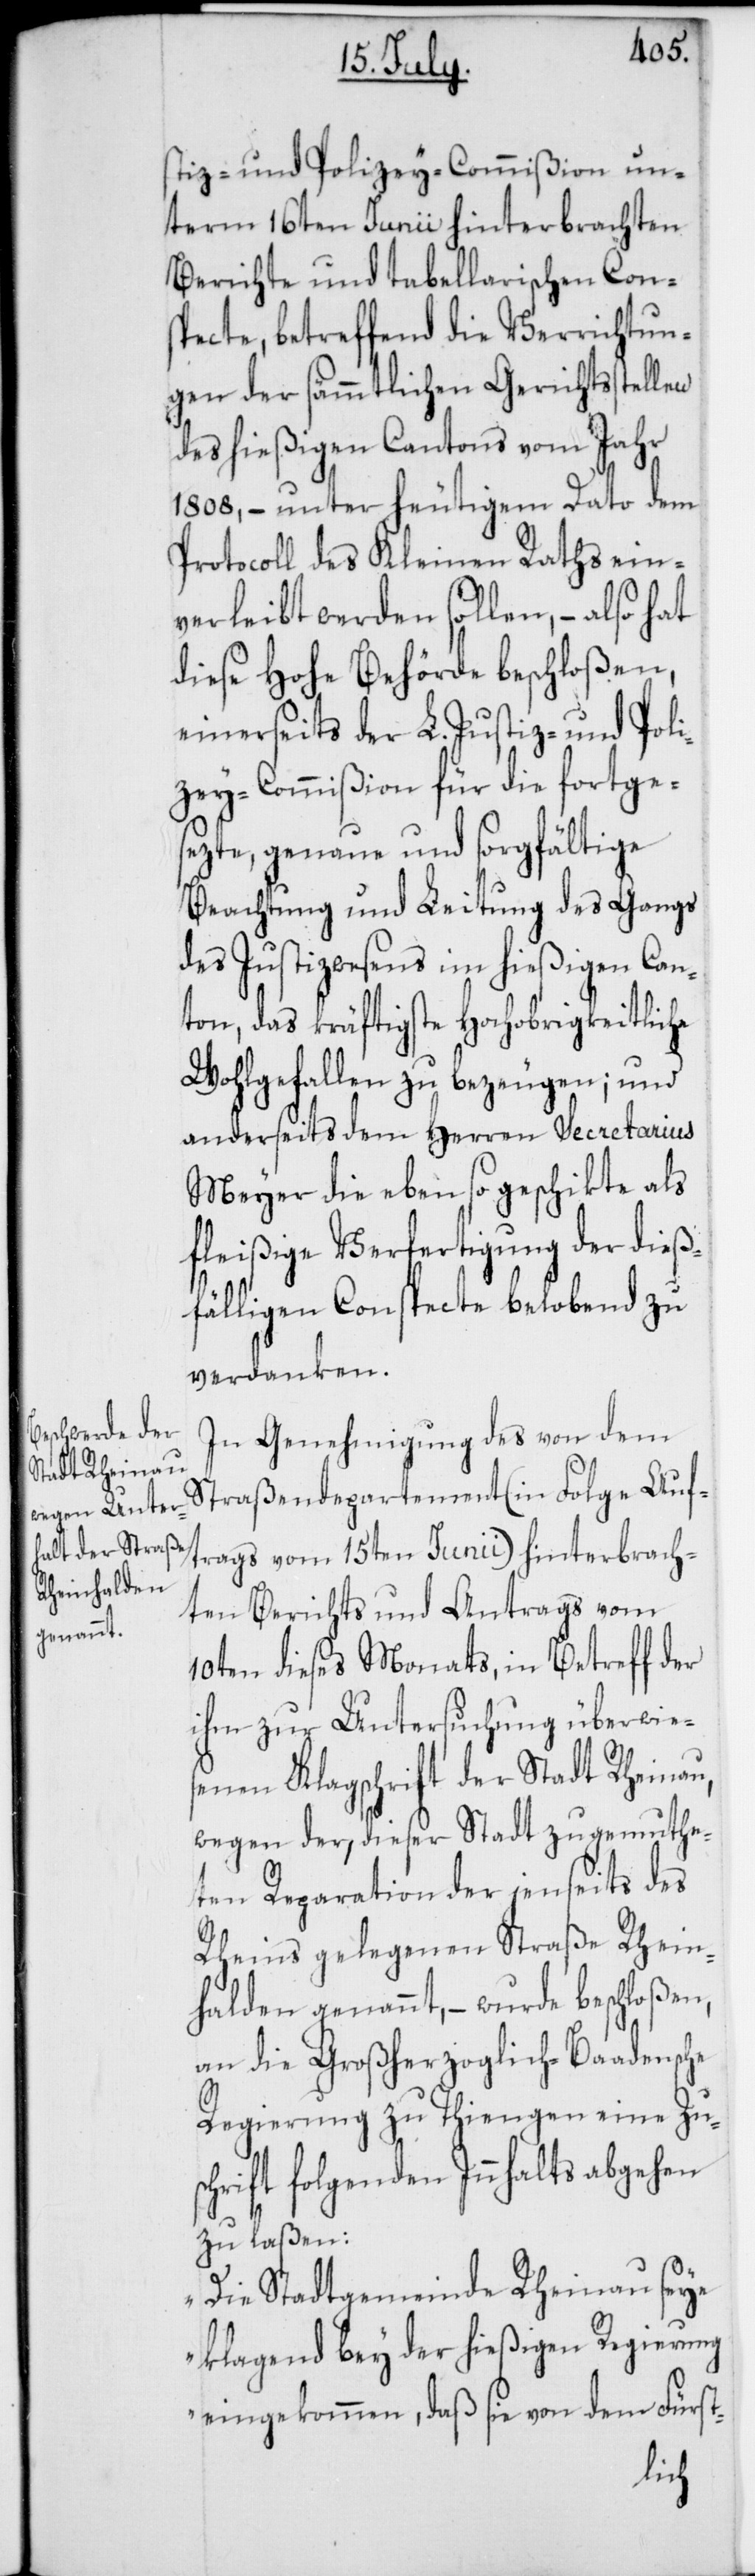
stiz- und Polizey-Commißion un¬
term 16ten Junii hinterbrachten
Berichte und tabellarischen Cons¬
pecte, betreffend die Verrichtun¬
gen der sämmtlichen Gerichtsstellen
des hießigen Cantons vom Jahr
1808, – unter heutigem Dato dem
Protocoll des Kleinen Raths ein¬
verleibt werden sollen, – also hat
diese Hohe Behörde beschloßen,
einerseits der L. Justiz- und Poli¬
zey-Commißion für die fortge¬
sezte, genaue und sorgfältige
Beachtung und Leitung des Gangs
des Justizwesens im hießigen Can¬
ton, das kräftigste Hochobrigkeitliche
Wohlgefallen zu bezeugen; und
anderseits dem Herren Secretarius
Meyer die eben so geschikte als
fleißige Verfertigung der dieß¬
fälligen Conspecte belobend zu
verdanken.
In Genehmigung des von dem
Straßendepartement (in Folge Auft¬
rags vom 15ten Junii) hinterbrach¬
ten Berichts und Antrags vom
10ten dieses Monats, in Betreff der
ihm zur Untersuchung überwie¬
senen Klagschrift der Stadt Rheinau,
wegen der, dieser Stadt zugemuthe¬
ten Reparation der jenseits des
Rheins gelegenen Straße Rhein¬
halden genannt, – wurde beschloßen,
an die Großherzoglich-Baadensche
Regierung zu Thiengen eine Zu¬
schrift folgenden Innhalts abgehen
zu laßen:
„Die Stadtgemeinde Rheinau seye
klagend bey der hießigen Regierung
eingekommen, daß sie von dem Fürst-